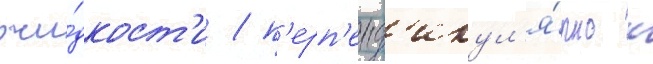
жи́дкост'и / п'ерп'енд'икул'я́рно к